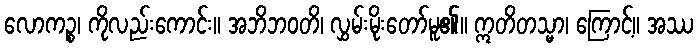
လောကဉ္စ၊ ကိုလည်းကောင်း။ အဘိဘဝတိ၊ လွှမ်းမိုးတော်မူ၏။ ဣတိတသ္မာ၊ ကြောင့်။ အဿ